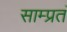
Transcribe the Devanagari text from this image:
साम्प्रतं